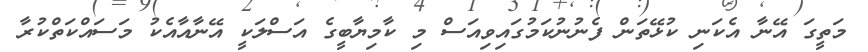
މަތީގަ އޭނާ އެކަނި ކުޅޭތަން ފެނުނުކަމުގައިވިއަސް މި ކާމިޔާބީގެ އަސްލަކީ އޭނާއާއެކު މަސައްކަތްކުރާ